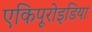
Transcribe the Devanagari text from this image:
एकिपूरोइडिया